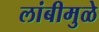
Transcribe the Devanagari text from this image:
लांबीमुळे